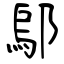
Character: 鄔